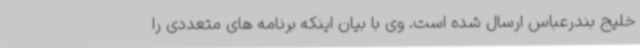
خلیج بندرعباس ارسال شده است. وی با بیان اینکه برنامه های متعددی را